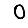
Digit: 0